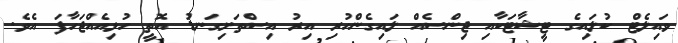
ވައިލެޓް ކުލައިގެ ޓީޝާޓަކާއި ޖިންސެއް ލައިގެންހުރި އިރު އިސްތަށިގަނޑު އޮތީ ހުޅިއެއްޖަހާފަ އެވެ.